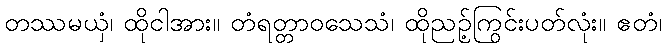
တဿမယှံ၊ ထိုငါအား။ တံရတ္တာဝသေသံ၊ ထိုညဉ့်ကြွင်းပတ်လုံး။ ဧတံ၊